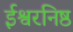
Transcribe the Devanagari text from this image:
ईश्वरनिष्ठ